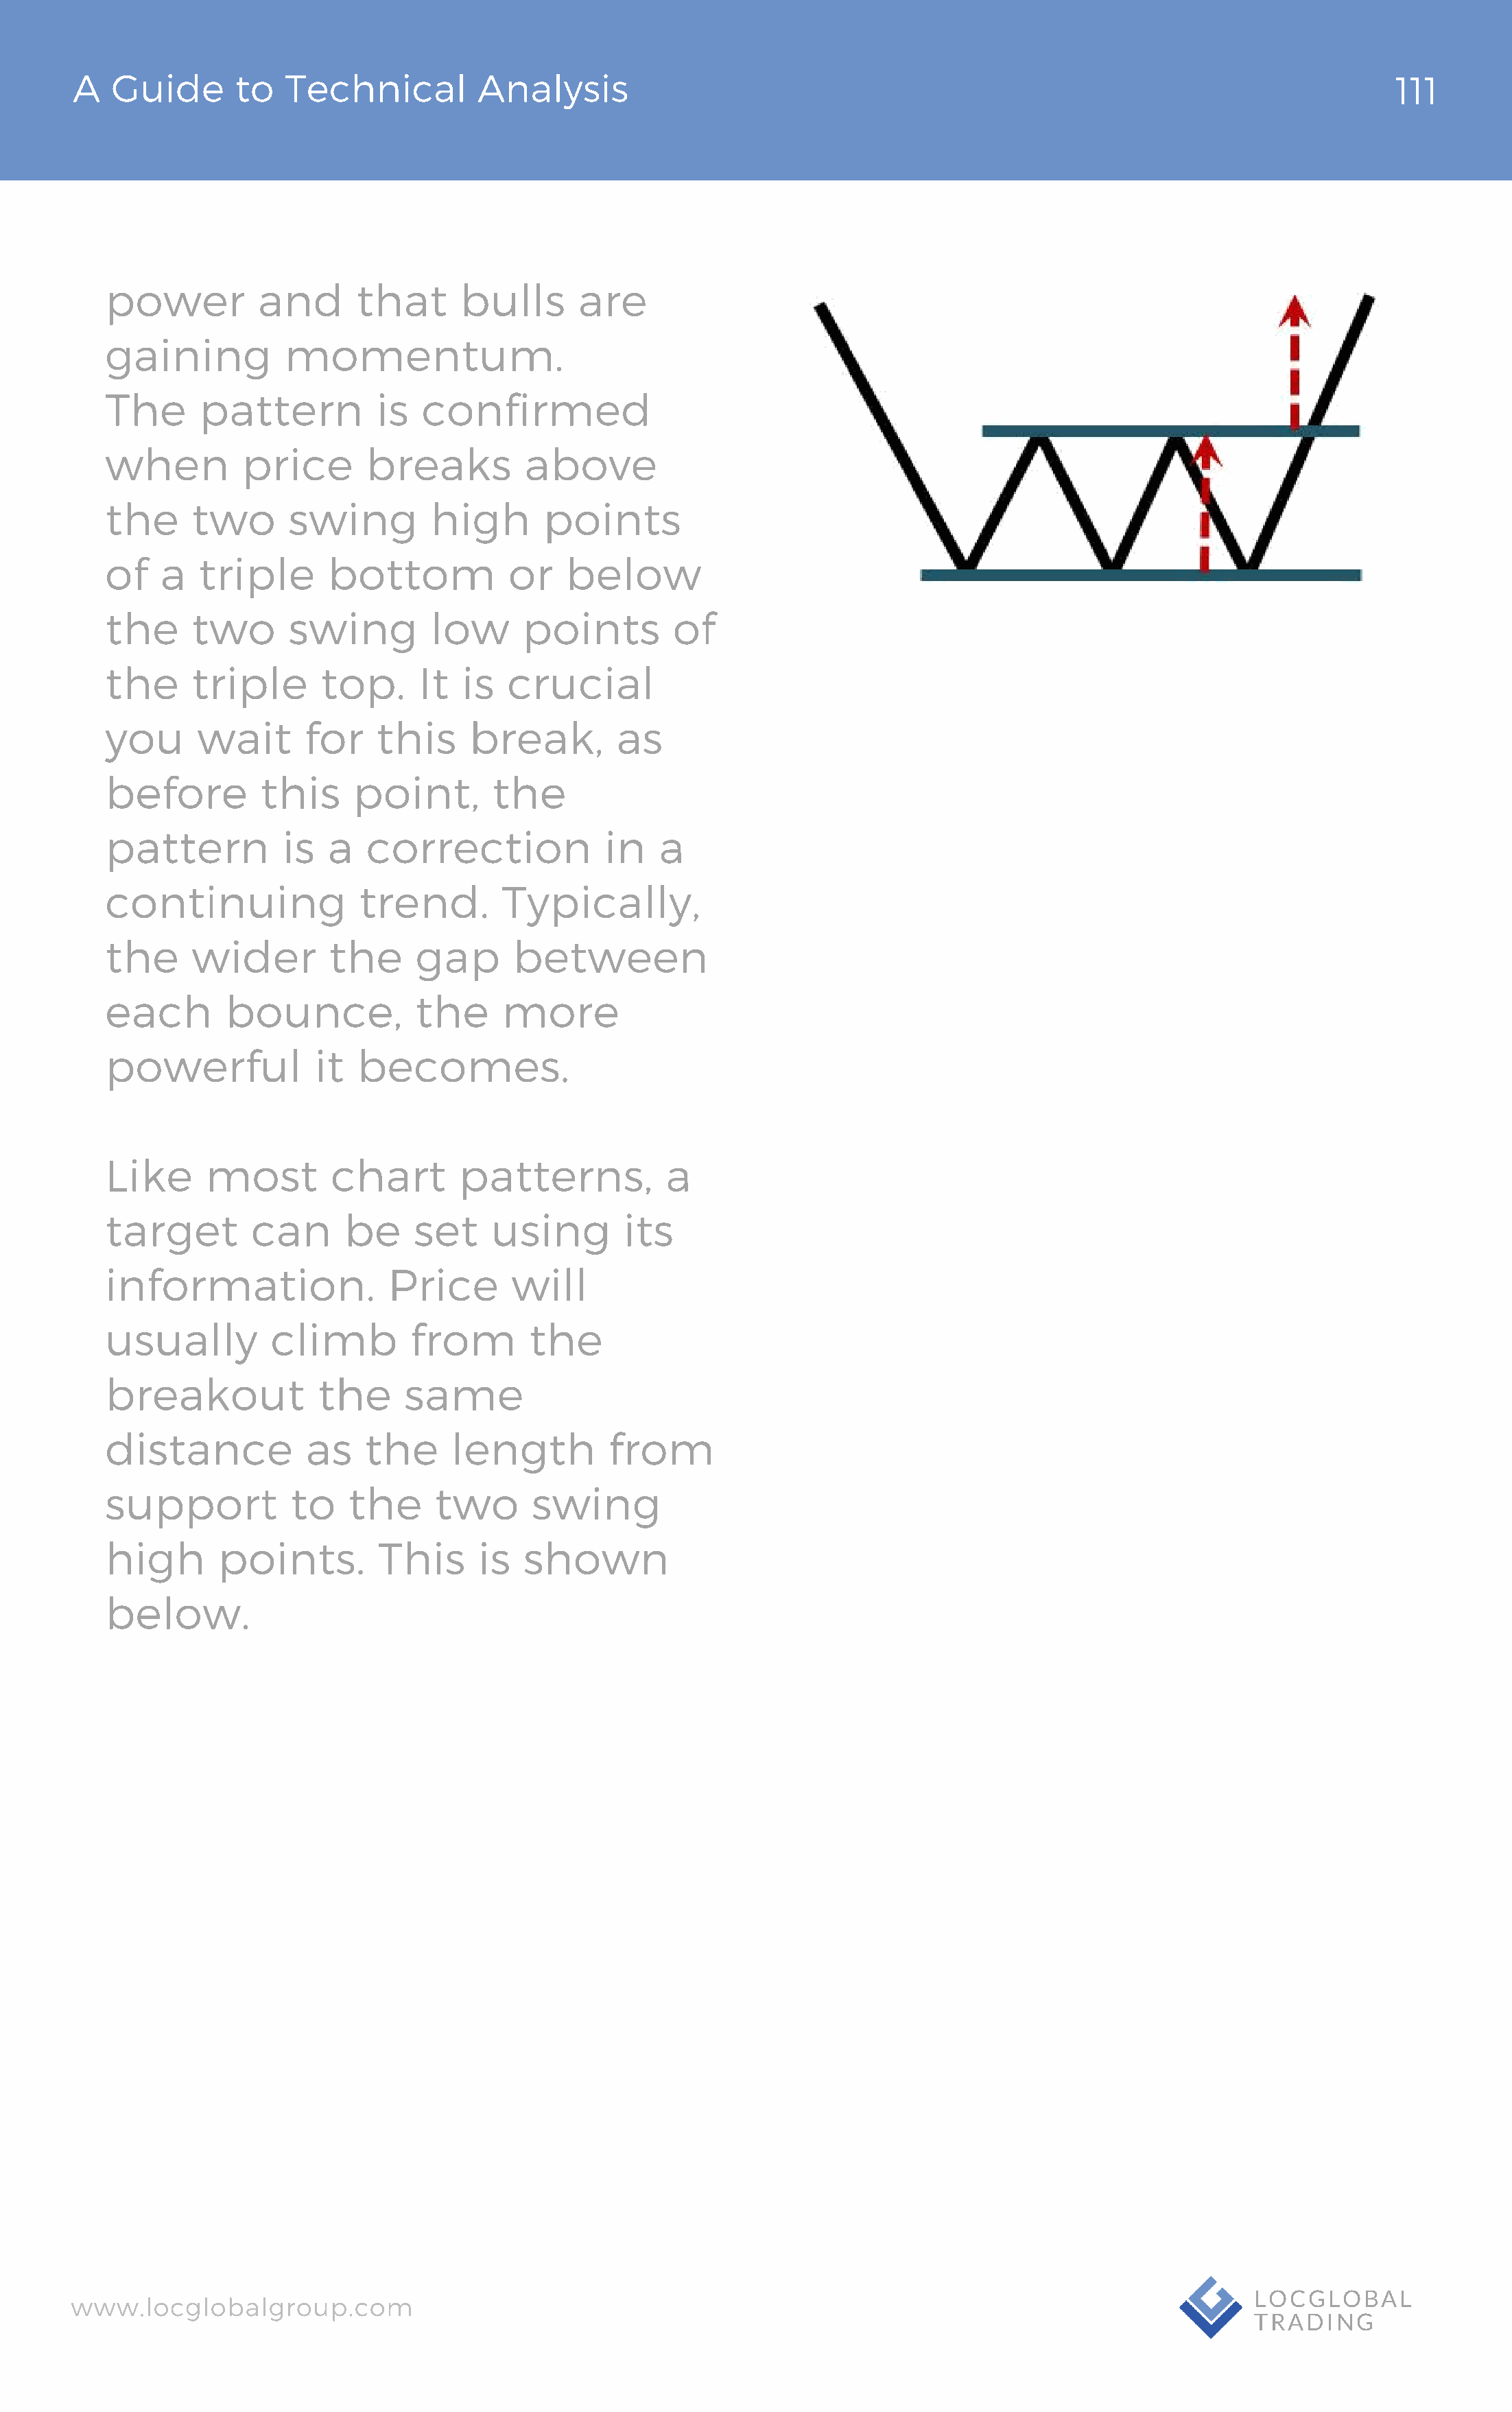
A   Guide       to  Technical          Analysis                                                                                 111
 power          and      that      bulls       are
 gaining          momentum.
 The      pattern          is   confirmed
 when         price       breaks          above
 the     two       swing         high      points
 of   a   triple       bottom           or    below
 the     two       swing         low     points         of
 the     triple       top.     It   is  crucial
 you      wait      for    this     break,        as
 before         this     point,        the
 pattern          is   a  correction             in    a
 continuing               trend.       Typically,
 the     wider         the     gap      between
 each        bounce,           the     more
 powerful            it  becomes.
 Like      most        chart       patterns,           a
 target        can      be     set    using        its
 information.               Price       will
 usually         climb         from       the
 breakout             the     same
 distance            as   the      length         from
 support           to    the     two      swing
 high       points.        This      is  shown
 below.
 www.locglobalgroup.com                                                                                            LOCGLOBAL
 TRADING